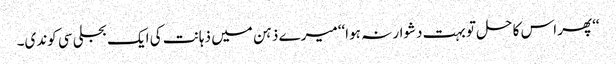
‘‘پھر اس کا حل تو بہت دشوار نہ ہوا‘‘ میرے ذہن میں ذہانت کی ایک بجلی سی کوندی۔